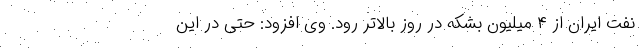
نفت ایران از ۴ میلیون بشکه در روز بالاتر رود. وی افزود: حتی در این